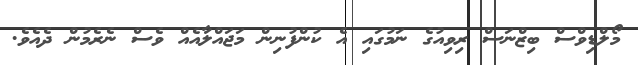
މޯލްޑިވްސް ބިޒްނަސް ރިވިއުގެ ނަމުގައި އެ ކުންފުނިން މަޖައްލާއެއް ވެސް ނެރެމުން ދެއެވެ.